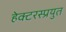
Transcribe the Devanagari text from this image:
हेक्टरस्प्रयुत